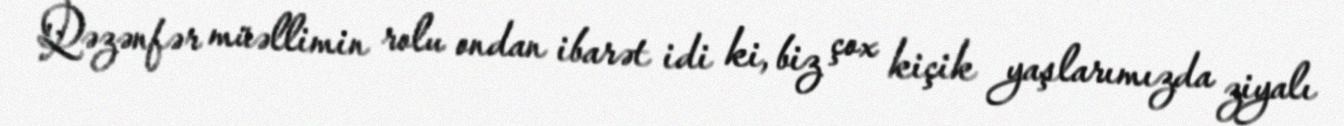
Qəzənfər müəllimin rolu ondan ibarət idi ki, biz çox kiçik yaşlarımızda ziyalı